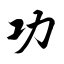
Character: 功